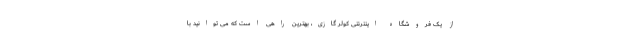
از یک فروشگاه اینترنتی کولر گازی، بهترین راهی است که می توانید با